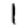
Digit: 1